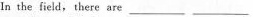
In the field,there are ___ ___ ___